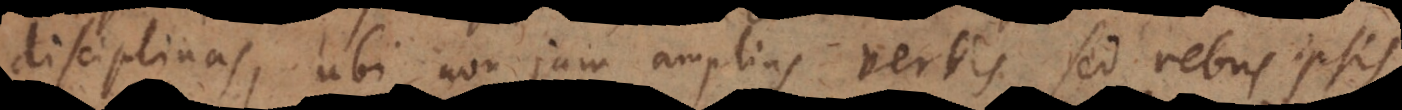
disciplinas, ubi non jam amplius verbis, sed rebus ipsis